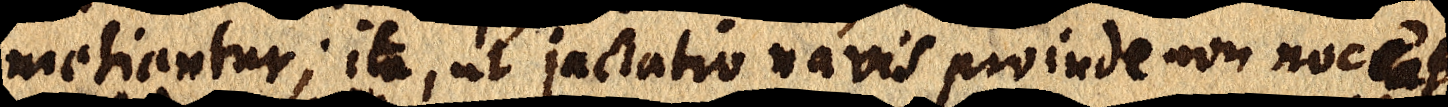
metiantur; ita, ut jactatio navis proinde non noceat